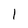
Character: 1